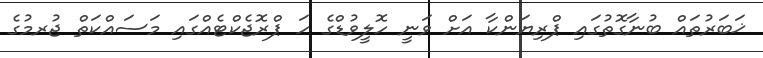
ޚަބަރުތައް ބުނާގޮތުގައި ޕްރިޔަންކާ އަށް ވަނީ ހޮލީވުޑްގެ ހަ ޕްރޮޖެކްޓެއްގައި މަސައްކަތް ޖުރމުގެ